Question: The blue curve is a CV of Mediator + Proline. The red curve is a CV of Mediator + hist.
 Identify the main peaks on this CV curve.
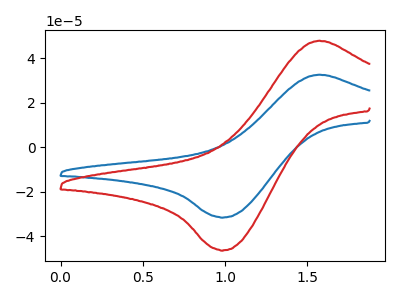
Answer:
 <answer>The blue curve "Mediator + Proline" has an anodic peak at (1.60V, 32.55uA) and a cathodic peak at (1.00V, -31.50uA). The red curve "Mediator + hist" has an anodic peak at (1.60V, 47.80uA) and a cathodic peak at (1.00V, -46.25uA).</answer>
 <eval></eval>